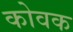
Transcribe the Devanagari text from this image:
कोवक